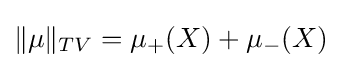
\|\mu \|_{TV}=\mu _{+}(X)+\mu _{-}(X)~